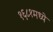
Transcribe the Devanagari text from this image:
१६८१मध्ये